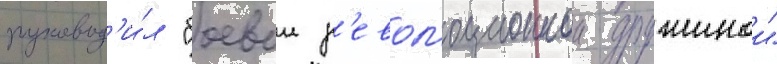
руковод'и́л "боевои р'евол'юционнои дружинои"